Report of the Imperial Institute of Veterinary Research, Muktesar
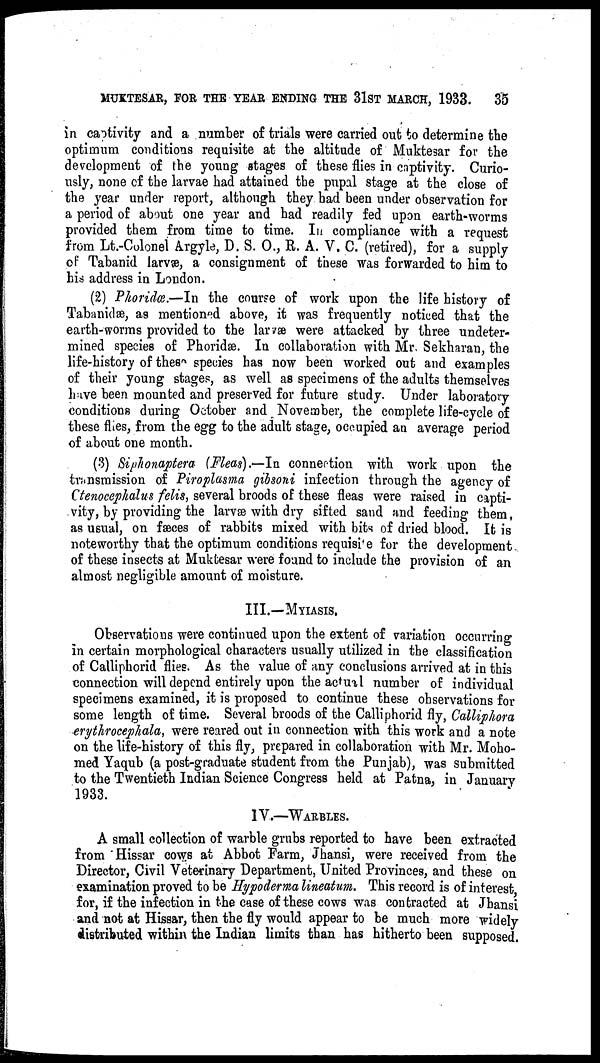
MUKTESAR, FOR THE YEAR ENDING THE 31ST MARCH, 1933.
35
in captivity and a number of trials were carried out to determine the
optimum conditions requisite at the altitude of Muktesar for the
development of the young stages of these flies in captivity. Curio-
usly, none of the larvae had attained the pupal stage at the close of
the year under report, although they had been under observation for
a period of about one year and had readily fed upon earth-worms
provided them from time to time. In compliance with a request
from Lt.-Colonel Argyle, D. S. O., R. A. V. C. (retired), for a supply
of Tabanid larvæ, a consignment of these was forwarded to him to
his address in London.
(2) Phoridœ.—In the course of work upon the life history of
Tabanidæ, as mentioned above, it was frequently noticed that the
earth-worms provided to the larvæ were attacked by three undeter-
mined species of Phoridæ. In collaboration with Mr. Sekharan, the
life-history of these species has now been worked out and examples
of their young stages, as well as specimens of the adults themselves
have been mounted and preserved for future study. Under laboratory
conditions during October and November, the complete life-cycle of
these flies, from the egg to the adult stage, occupied an average period
of about one month.
(3) Siphonaptera (Fleas).—In connection with work upon the
transmission of Piroplasma gibsoni infection through the agency of
Ctenocephalus felis, several broods of these fleas were raised in capti-
vity, by providing the larvæ with dry sifted sand and feeding them,
as usual, on fæces of rabbits mixed with bits of dried blood. It is
noteworthy that the optimum conditions requisite for the development
of these insects at Muktesar were found to include the provision of an
almost negligible amount of moisture.
III.—MYIASIS.
Observations were continued upon the extent of variation occurring
in certain morphological characters usually utilized in the classification
of Calliphorid flies. As the value of any conclusions arrived at in this
connection will depend entirely upon the actual number of individual
specimens examined, it is proposed to continue these observations for
some length of time. Several broods of the Calliphorid fly, Calliphora
erythrocephala, were reared out in connection with this work and a note
on the life-history of this fly, prepared in collaboration with Mr. Moho¬
med Yaqub (a post-graduate student from the Punjab), was submitted
to the Twentieth Indian Science Congress held at Patna, in January
1933.
IV.—WARBLES.
A small collection of warble grubs reported to have been extracted
from Hissar cows at Abbot Farm, Jhansi, were received from the
Director, Civil Veterinary Department, United Provinces, and these on
examination proved to be Hypoderma lineatum. This record is of interest,
for, if the infection in the case of these cows was contracted at Jhansi
and not at Hissar, then the fly would appear to be much more widely
distributed within the Indian limits than has hitherto been supposed.